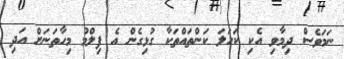
ނަމަވެސް ދިމާވި އެކި ކަހަލަ ކަންތައްތަކާ ގުޅިގެން އެ ފިލްމު މިހާތަނަށް އަދި